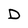
Character: D